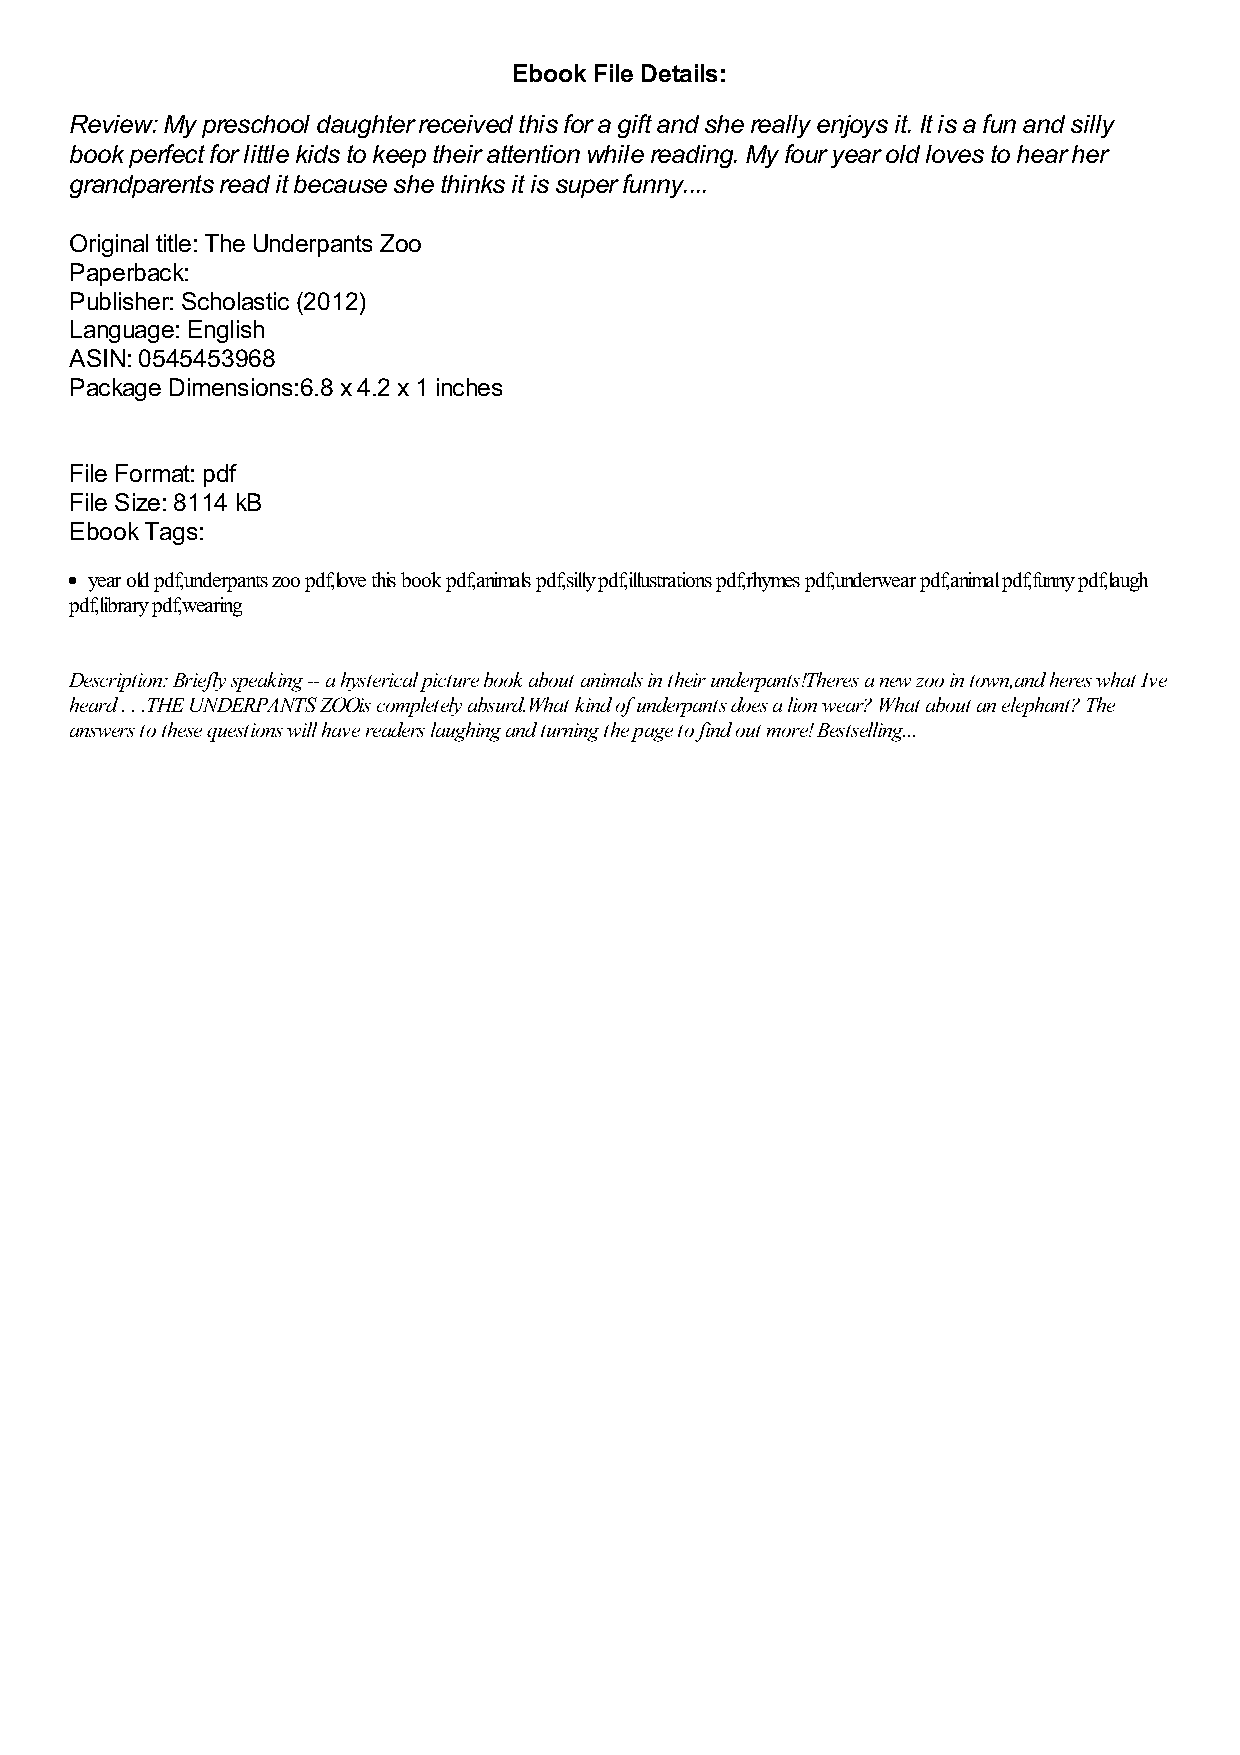
Ebook File Details:
 Review: My preschool daughter received this for a gift and she really enjoys it. It is a fun and silly
 book perfect for little kids to keep their attention while reading. My four year old loves to hear her
 grandparents read it because she thinks it is super funny....
 Original title: The Underpants Zoo
 Paperback:
 Publisher: Scholastic (2012)
 Language: English
 ASIN: 0545453968
 Package Dimensions:6.8 x 4.2 x 1 inches
 File Format: pdf
 File Size: 8114 kB
 Ebook Tags:
 year old pdf,underpants zoo pdf,love this book pdf,animals pdf,silly pdf,illustrations pdf,rhymes pdf,underwear pdf,animal pdf,funny pdf,laugh
 pdf,library pdf,wearing
 Description: Briefly speaking -- a hysterical picture book about animals in their underpants!Theres a new zoo in town,and heres what Ive
 heard . . .THE UNDERPANTS ZOOis completely absurd.What kind of underpants does a lion wear? What about an elephant? The
 answers to these questions will have readers laughing and turning the page to find out more! Bestselling...